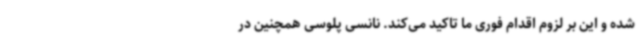
شده و این بر لزوم اقدام فوری ما تاکید می‌کند. نانسی پلوسی همچنین در